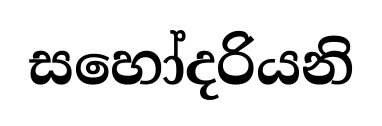
සහෝදරියනි